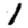
Digit: 1